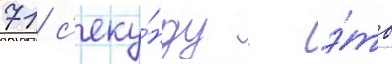
71 с'еку́нду - э́то